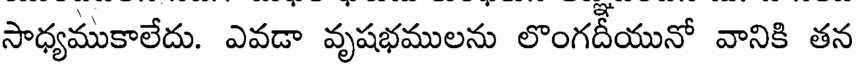
సాధ్యముకాలేదు. ఎవడా వృషభములను లొంగదీయునో వానికి తన